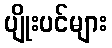
ပျိုးပင်များ